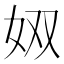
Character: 𪥫